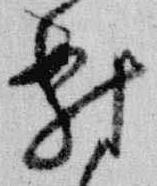
対